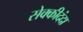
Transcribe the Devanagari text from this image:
सेक्कीदंदा